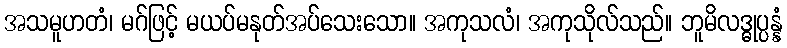
အသမူဟတံ၊ မဂ်ဖြင့် မယပ်မနုတ်အပ်သေးသော။ အကုသလံ၊ အကုသိုလ်သည်။ ဘူမိလဒ္ဓုပ္ပန္နံ